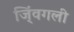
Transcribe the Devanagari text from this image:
जिं्वगली